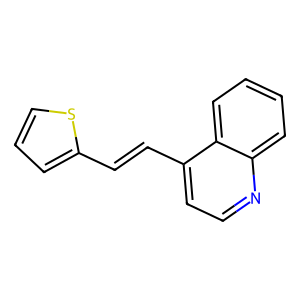
SMILES: C(=Cc1ccnc2ccccc12)c1cccs1
Inhibits HIV replication: No